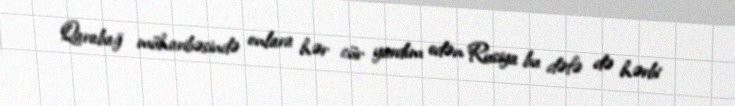
Qarabağ müharibəsində onlara hər cür yardım edən Rusiya bu dəfə də hərbi